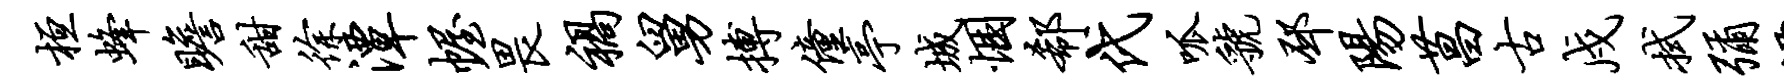
桓蜂瞻甜徐潭幄畏祸舅搏僮亭城悃欷代呱虢邳阳菖古戍拭弥潭